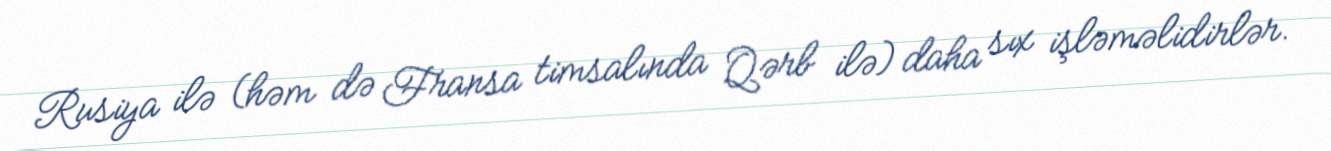
Rusiya ilə (həm də Fransa timsalında Qərb ilə) daha sıx işləməlidirlər.